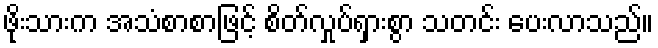
ဖိုးသားက အသံစာစာဖြင့် စိတ်လှုပ်ရှားစွာ သတင်း ပေးလာသည်။